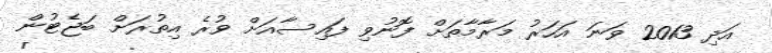
އަދި 2013 ވަނަ އަހަރު މަރާމާތަށް ފޮނުވި ފައިސާއަށް ވުރެ އިތުރަށް ބަޖެޓުން